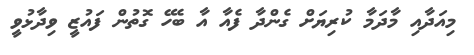
މިއަދާއި މާދަމާ ކުރިޔަށް ގެންދާ ފެއާ އާ ބެހޭ ގޮތުން ފައުޒީ ވިދާޅުވީ